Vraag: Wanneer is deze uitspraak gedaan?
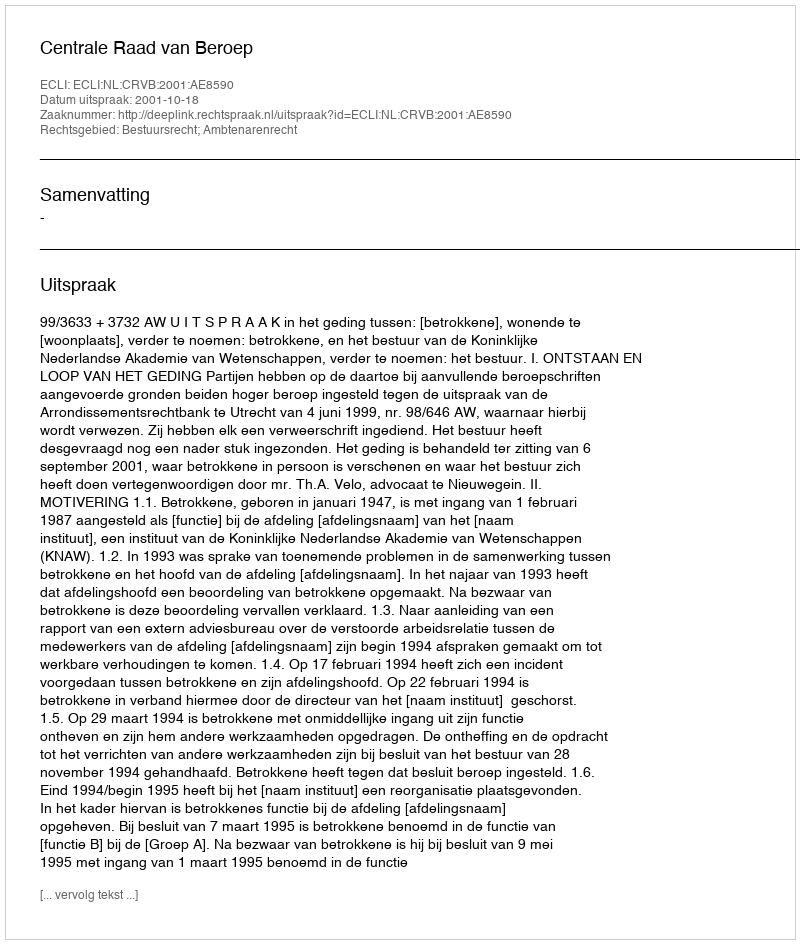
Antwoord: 2001-10-18